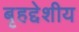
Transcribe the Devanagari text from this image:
बृहद्देशीय